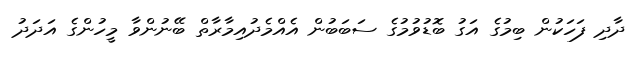
ދާދި ފަހަކުން ބިމުގެ އަގު ބޮޑުވުމުގެ ސަބަބުން އެއްމެދުއިމާރާތް ބޭނުންވާ މީހުންގެ އަދަދު